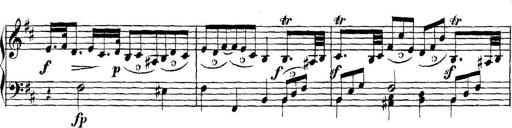
Title: Collected Piano Sonatas
Composer: Muzio Clementi